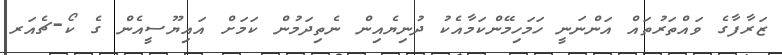
ޒަރާފާގެ ވައްތަރުތައް އަންނަނީ ހަމަހިމޭންކަމާއެކު ދުނިޔެއިން ނެތިދަމުން ކަމަށް އައިޔޫސީއެން ގެ ކޯ-ޗެއަރ